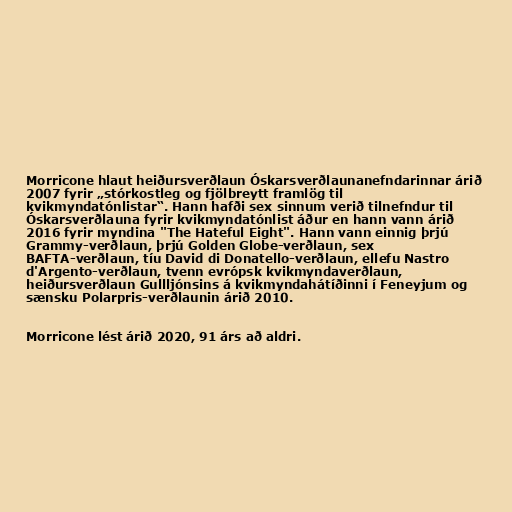
Morricone hlaut heiðursverðlaun Óskarsverðlaunanefndarinnar árið
2007 fyrir „stórkostleg og fjölbreytt framlög til
kvikmyndatónlistar“. Hann hafði sex sinnum verið tilnefndur til
Óskarsverðlauna fyrir kvikmyndatónlist áður en hann vann árið
2016 fyrir myndina "The Hateful Eight". Hann vann einnig þrjú
Grammy-verðlaun, þrjú Golden Globe-verðlaun, sex
BAFTA-verðlaun, tíu David di Donatello-verðlaun, ellefu Nastro
d'Argento-verðlaun, tvenn evrópsk kvikmyndaverðlaun,
heiðursverðlaun Gullljónsins á kvikmyndahátíðinni í Feneyjum og
sænsku Polarpris-verðlaunin árið 2010.

Morricone lést árið 2020, 91 árs að aldri.